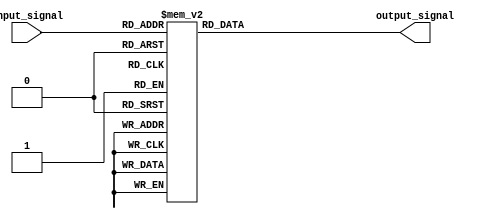
module case_statement_example (
    input [2:0] input_signal,
    output reg [3:0] output_signal
);

always @(*)
begin
    case (input_signal)
        3'b000: output_signal = 4'b0000;
        3'b001: output_signal = 4'b0001;
        3'b010: output_signal = 4'b0010;
        3'b011: output_signal = 4'b0011;
        3'b100: output_signal = 4'b0100;
        3'b101: output_signal = 4'b0101;
        3'b110: output_signal = 4'b0110;
        3'b111: output_signal = 4'b0111;
    endcase
end

endmodule